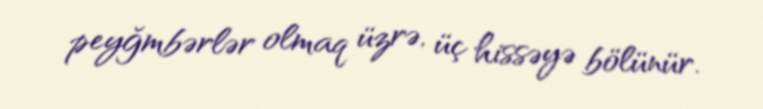
peyğmbərlər olmaq üzrə, üç hissəyə bölünür.